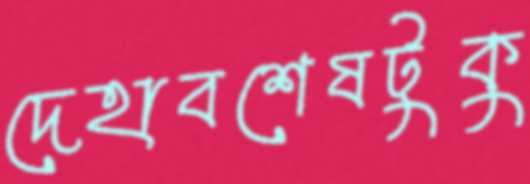
দেহাবশেষটুকু